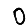
Digit: 0